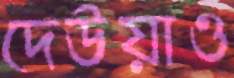
দেউয়াও